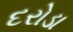
દરોડા